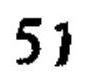
51